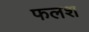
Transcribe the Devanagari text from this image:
फलश